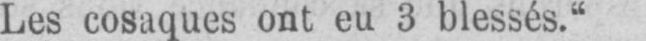
Les cosaques ont eu 3 blessés.“